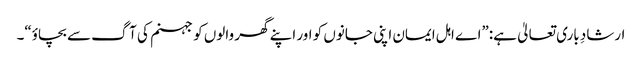
ارشادِ باری تعالیٰ ہے:”اے اہل ایمان اپنی جانوں کو اور اپنے گھر والوں کو جہنم کی آگ سے بچاؤ“۔